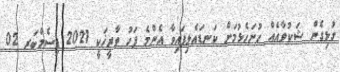
ގުޅިގެން ޝަކުވާއެއް ހުށަހެޅުމަށް ކަނޑައެޅިފައިވާ އެންމެ ފަހު ތާރީޚަކީ 2021 ޑިސެމްބަރ 02